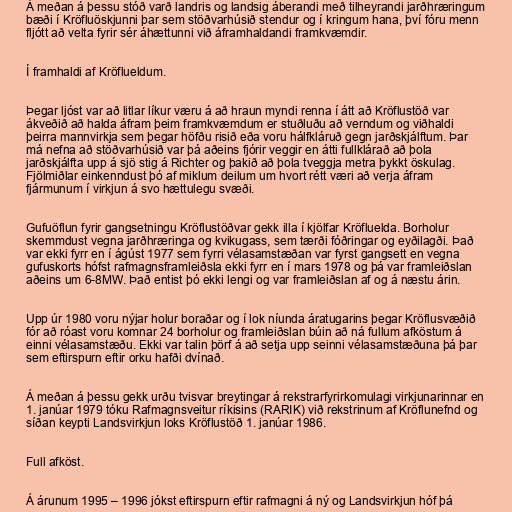
Á meðan á þessu stóð varð landris og landsig áberandi með tilheyrandi jarðhræringum
bæði í Kröfluöskjunni þar sem stöðvarhúsið stendur og í kringum hana, því fóru menn
fljótt að velta fyrir sér áhættunni við áframhaldandi framkvæmdir.

Í framhaldi af Kröflueldum.

Þegar ljóst var að litlar líkur væru á að hraun myndi renna í átt að Kröflustöð var
ákveðið að halda áfram þeim framkvæmdum er stuðluðu að verndum og viðhaldi
þeirra mannvirkja sem þegar höfðu risið eða voru hálfkláruð gegn jarðskjálftum. Þar
má nefna að stöðvarhúsið var þá aðeins fjórir veggir en átti fullklárað að þola
jarðskjálfta upp á sjö stig á Richter og þakið að þola tveggja metra þykkt öskulag.
Fjölmiðlar einkenndust þó af miklum deilum um hvort rétt væri að verja áfram
fjármunum í virkjun á svo hættulegu svæði.

Gufuöflun fyrir gangsetningu Kröflustöðvar gekk illa í kjölfar Kröfluelda. Borholur
skemmdust vegna jarðhræringa og kvikugass, sem tærði fóðringar og eyðilagði. Það
var ekki fyrr en í ágúst 1977 sem fyrri vélasamstæðan var fyrst gangsett en vegna
gufuskorts hófst rafmagnsframleiðsla ekki fyrr en í mars 1978 og þá var framleiðslan
aðeins um 6-8MW. Það entist þó ekki lengi og var framleiðslan af og á næstu árin.

Upp úr 1980 voru nýjar holur boraðar og í lok níunda áratugarins þegar Kröflusvæðið
fór að róast voru komnar 24 borholur og framleiðslan búin að ná fullum afköstum á
einni vélasamstæðu. Ekki var talin þörf á að setja upp seinni vélasamstæðuna þá þar
sem eftirspurn eftir orku hafði dvínað.

Á meðan á þessu gekk urðu tvisvar breytingar á rekstrarfyrirkomulagi virkjunarinnar en
1. janúar 1979 tóku Rafmagnsveitur ríkisins (RARIK) við rekstrinum af Kröflunefnd og
síðan keypti Landsvirkjun loks Kröflustöð 1. janúar 1986.

Full afköst.

Á árunum 1995 – 1996 jókst eftirspurn eftir rafmagni á ný og Landsvirkjun hóf þá